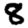
Digit: 8